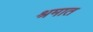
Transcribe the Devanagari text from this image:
श्रमात